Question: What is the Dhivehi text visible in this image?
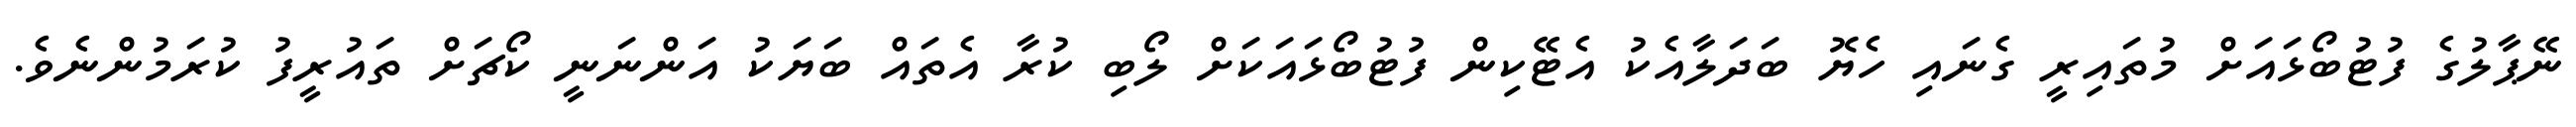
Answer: ނޭޕާލުގެ ފުޓުބޯޅައަށް މުތައިރީ ގެނައި ހެޔޮ ބަދަލާއެކު އެޓޭކިން ފުޓުބޯޅައަކަށް ލޯބި ކުރާ އެތައް ބަޔަކު އަންނަނީ ކޯޗަށް ތައުރީފު ކުރަމުންނެވެ.